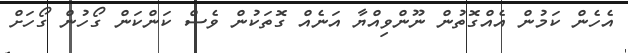
އެހެން ކަމުން އެއްގޮތުން ނޫންވިއްޔާ އަނެއް ގޮތަކުން ވެސް ކަންކަން ގޯހުން ގޯހަށް